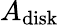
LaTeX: A_{\mathrm{disk}}